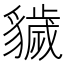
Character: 𧴖